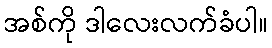
အစ်ကို ဒါလေးလက်ခံပါ။